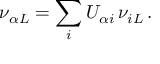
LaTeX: \nu _ { { \alpha } L } = \sum _ { i } U _ { { \alpha } i } \, \nu _ { i L } \, .